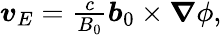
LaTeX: \begin{array}{r}{{\boldsymbol{v}}_{E}=\frac{c}{B_{0}}{\boldsymbol{b}}_{0}\times{\boldsymbol{\nabla}}\phi,}\end{array}